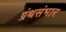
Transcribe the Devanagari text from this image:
ग्रंथसंभार